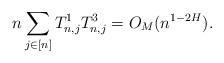
LaTeX: \begin{align*} n\sum_{j\in[n]}T^{1}_{n,j}T^{3}_{n,j} = O_M(n^{1-2H}).\end{align*}